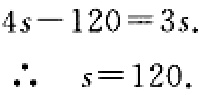
\[
\begin{align*}
4s - 120&=3s\\
\therefore\ s&=120.
\end{align*}
\]